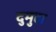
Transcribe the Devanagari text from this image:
दुमुहा